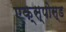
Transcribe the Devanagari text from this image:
एक्स्पोस्ड